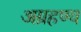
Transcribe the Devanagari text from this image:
अग्रहण्य